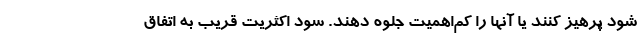
شود پرهیز کنند یا آنها را کم‌اهمیت جلوه دهند. سود اکثریت قریب به اتفاق